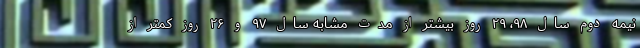
نیمه دوم سال ۹۸، ۲۹ روز بیشتر از مدت مشابه سال ۹۷ و ۲۶ روز کمتر از